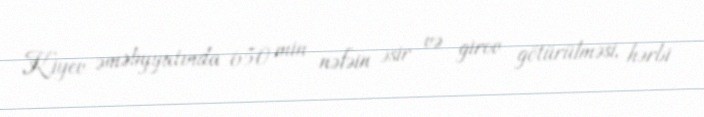
Kiyev əməliyyatında 650 min nəfəin əsir və girov götürülməsi, hərbi